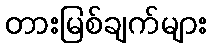
တားမြစ်ချက်များ